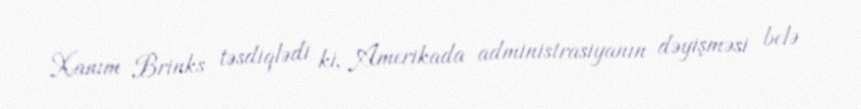
Xanım Brinks təsdiqlədi ki, Amerikada administrasiyanın dəyişməsi belə